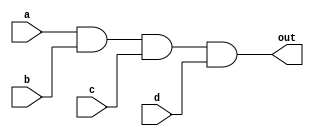
module four_input_and(
    input a,
    input b,
    input c,
    input d,
    output out
);

assign out = a & b & c & d;

endmodule